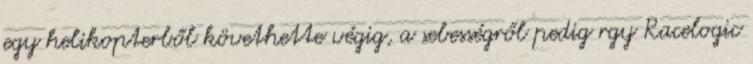
egy helikopterből követhette végig, a sebességről pedig rgy Racelogic